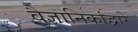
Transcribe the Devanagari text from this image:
वैज्ञानिकांद्वारे